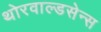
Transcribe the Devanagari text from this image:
थोरवाल्डसेन्स